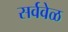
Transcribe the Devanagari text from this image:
सर्ववेळ